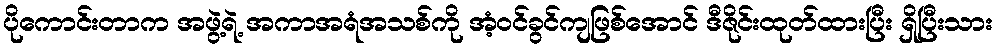
ပိုကောင်းတာက အဖွဲ့ရဲ့ အကာအရံအသစ်ကို အံ့ဝင်ခွင်ကျဖြစ်အောင် ဒီဇိုင်းထုတ်ထားပြီး ရှိပြီးသား